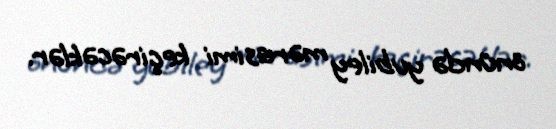
önündə yubiley mərasimi keçirəcəklər.